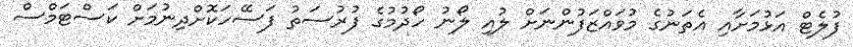
ފުލެޓް އަޅުމަށާއި އެތަނުގެ މުވައްޒަފުންނަށް ލުއި ލޯނު ހޯދުމުގެ ފުރުސަތު ފަސޭހަކޮށްދިނުމަށް ކަސްޓަމްސް